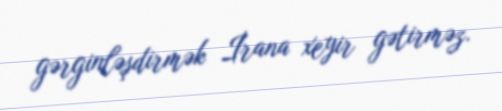
gərginləşdirmək İrana xeyir gətirməz.